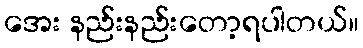
အေး နည်းနည်းတော့ရပါတယ်။